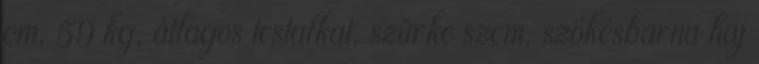
cm, 59 kg, átlagos testalkat, szürke szem, szőkésbarna haj